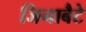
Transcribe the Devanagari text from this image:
जिनाबैटे